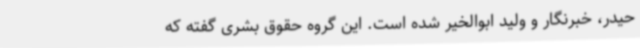
حیدر، خبرنگار و ولید ابوالخیر شده است. این گروه حقوق بشری گفته که